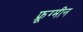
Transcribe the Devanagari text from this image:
फ्रूग्मीन